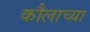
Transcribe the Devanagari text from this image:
कौलाच्या